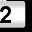
Digit: 2